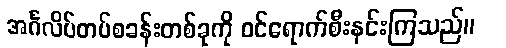
အင်္ဂလိပ်တပ်စခန်းတစ်ခုကို ဝင်ရောက်စီးနင်းကြသည်။